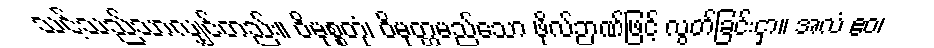
သင့်သည်သာလျှင်တည်း။ ဝိမုစ္စတုံ၊ ဝိမုတ္တမည်သော ဖိုလ်ဉာဏ်ဖြင့် လွတ်ခြင်းငှာ။ အလံ ဧဝ၊